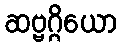
ဆဗ္ဗဂ္ဂိယော